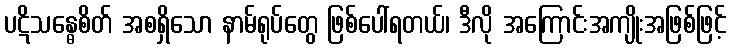
ပဋိသန္ဓေစိတ် အစရှိသော နာမ်ရုပ်တွေ ဖြစ်ပေါ်ရတယ်၊ ဒီလို အကြောင်းအကျိုးအဖြစ်ဖြင့်